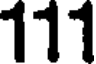
111